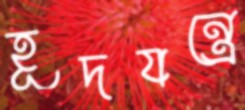
হূদযন্ত্রে